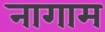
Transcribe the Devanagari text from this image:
नागाम